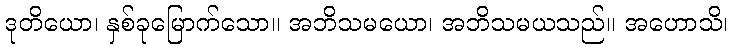
ဒုတိယော၊ နှစ်ခုမြောက်သော။ အဘိသမယော၊ အဘိသမယသည်။ အဟောသိ၊